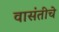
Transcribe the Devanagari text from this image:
वासंतीचे